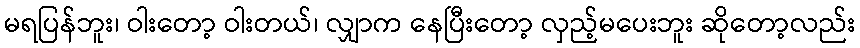
မရပြန်ဘူး၊ ဝါးတော့ ဝါးတယ်၊ လျှာက နေပြီးတော့ လှည့်မပေးဘူး ဆိုတော့လည်း